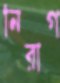
নিরাগ